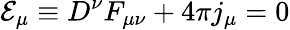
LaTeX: {\cal E}_{\mu}\equiv D^{\nu}F_{\mu\nu}+4\pi j_{\mu}=0